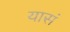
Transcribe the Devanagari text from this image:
यासं